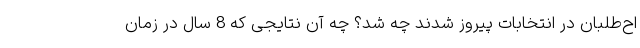
اح‌طلبان در انتخابات پیروز شدند چه شد؟ چه آن نتایجی که 8 سال در زمان